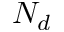
N _ { d }